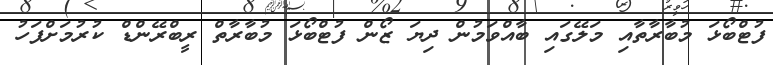
ފުޓްބޯޅަ މުބާރާތާއި މަލޭގައި ބާއްވަމުން ދިޔަ ޒޯން ފުޓްބޯޅަ މުބާރާތް ރީބްރޭންޑް ކުރުމަށްފަހު